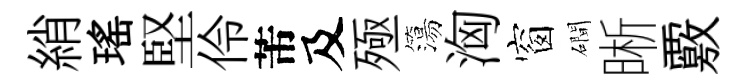
綃瑤堅伶芾及殛簜洶窗磵晰覈